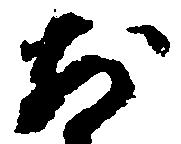
前